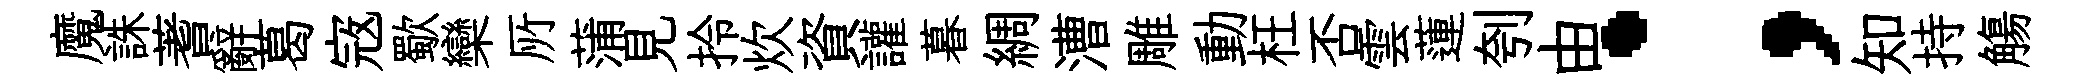
魔誅蓍辭葛𡨥歜欒𠩄蒲見拎炊資讙暮綢漕雕動枉否雲蓮刳由；知持觴